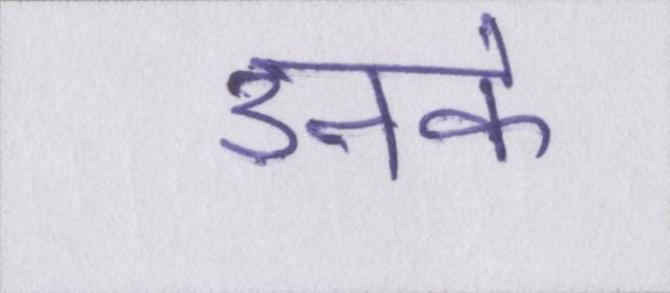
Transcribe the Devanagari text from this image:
उनके